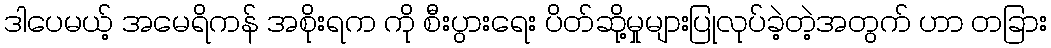
ဒါပေမယ့် အမေရိကန် အစိုးရက ကို စီးပွားရေး ပိတ်ဆို့မှုများပြုလုပ်ခဲ့တဲ့အတွက် ဟာ တခြား